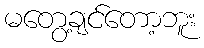
မတွေ့ချင်တော့ဘူး